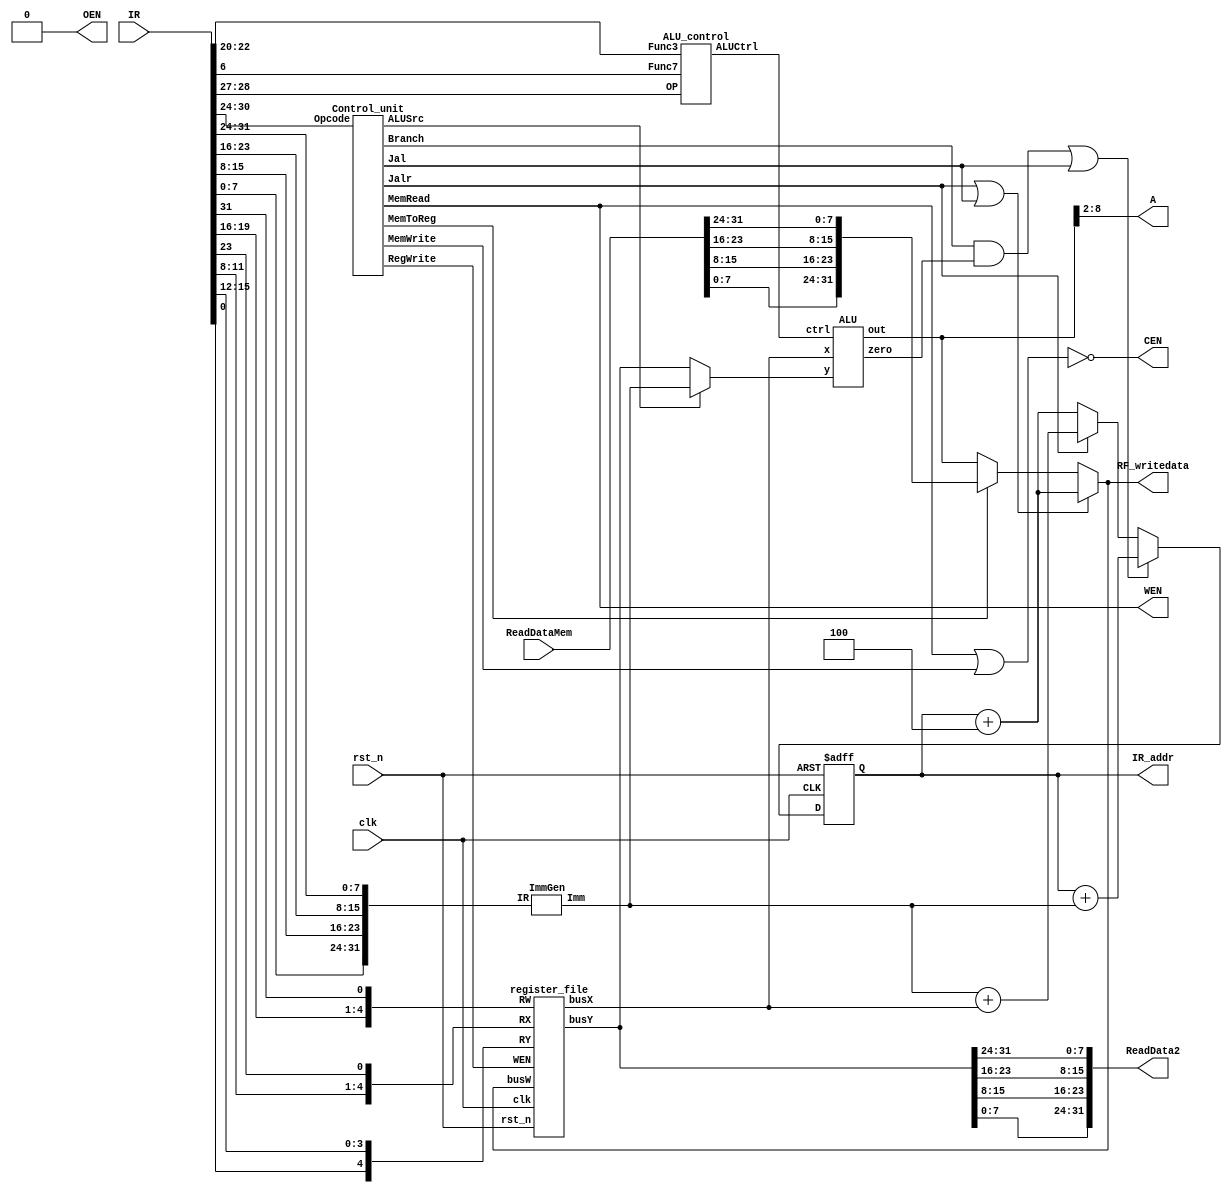
/// Single Cycle RISCV
//=========================================================
// Input/Output Signals:
// positive-edge triggered         clk
// active low synchronous reset   rst_n
// instruction memory interface    IR_addr, IR
// output for testing purposes     RF_writedata  
//=========================================================
// Wire/Reg Specifications:
// control signals             MemToReg, MemRead, MemWrite, 
//                             RegWrite, Branch,
//                             Jalr, Jal, ALUSrc, ALUOp
// ALU control signals         ALUctrl
// ALU output signals          ALUresult, ALUzero
// instruction specifications  r, jal, jalr, lw, sw, beq
// registers input signals     Reg_R1, Reg_R2, Reg_W, WriteData 
// immediate generated signals ImmGenOut
// registers output signals    ReadData1, ReadData2
// data memory contral signals CEN, OEN, WEN
// data memory output signals  ReadDataMem
// Memory address              A
//=========================================================

module SingleCycle_CHIP( 
    clk,
    rst_n,
    IR_addr,
    IR,
    RF_writedata,
    ReadDataMem,
    CEN,
    WEN,
    A,
    ReadData2,
    OEN
);

//==== in/out declaration =================================
    //-------- processor ----------------------------------
    input         clk, rst_n;
    input  [31:0] IR;
    output [31:0] IR_addr, RF_writedata;
    //-------- data memory --------------------------------
    input  [31:0] ReadDataMem;  // read_data from memory
    output        CEN;  // chip_enable, 0 when you read/write data from/to memory
    output        WEN;  // write_enable, 0 when you write data into SRAM & 1 when you read data from SRAM
    output  [6:0] A;  // address
    output [31:0] ReadData2;  // write_data to memory
    output        OEN;  // output_enable, 0

//==== reg/wire declaration ===============================
    // the instrcution rebuild
    wire [31:0] IR_in;

    // the program counter part
    reg [31:0]  pc_r;
    wire [31:0] pc_w;
    wire [31:0] pc_add_4;
    wire [31:0] branch_or_jal_addr;
    wire        branch_or_jal_ctrl;
    wire [31:0] jalr_addr;
    
    // the control unit part
    wire        Jal, Jalr, Branch, MemRead, MemToReg, MemWrite, ALUSrc, RegWrite; // the control signal
    Control_unit ctrl_unit(
        .Opcode     ( IR_in[6:0] ),
        .Jal        ( Jal ),
        .Jalr         ( Jalr ),
        .Branch     ( Branch ),
        .MemRead    ( MemRead ),
        .MemToReg   ( MemToReg ),
        .MemWrite   ( MemWrite ),
        .ALUSrc     ( ALUSrc ),
        .RegWrite   ( RegWrite )
    );

    // the register file part
    wire [31:0] busX, busY, busW; // TODO busW...
    register_file reg_file(
        .clk    ( clk ),
        .rst_n  ( rst_n ),
        .WEN    ( RegWrite ), // the control signal from control unit
        .RW     ( IR_in[11:7] ),
        .busW   ( busW ),
        .RX     ( IR_in[19:15] ),
        .RY     ( IR_in[24:20] ),
        .busX   ( busX ),
        .busY   ( busY )
    );

    // the ImmGen part
    wire [31:0] imm;
    ImmGen  ig(
        .IR     ( IR_in[31:0] ),
        .Imm    ( imm )
    );

    // the alu part
    wire [3:0] alu_ctrl;
    wire [31:0] alu_y, alu_result;
    wire alu_zero;
    ALU alu(
        .ctrl   ( alu_ctrl ),
        .x      ( busX ), // the ouput of register file busX
        .y      ( alu_y ), // the mux ouput of imm and busY control by ALUSrc
        .out    ( alu_result),
        .zero   ( alu_zero )
    );
    ALU_control alu_ctrl_unit(
        .Func7      ( IR_in[30] ),
        .Func3      ( IR_in[14:12]),
        .OP         ( IR_in[4:3] ), // control signal from control unit
        .ALUCtrl    ( alu_ctrl )
    );

//==== combinational part =================================
    // the instruction rebuild
    assign IR_in = {IR[7:0], IR[15:8], IR[23:16], IR[31:24] };
    

    // the PC part
    assign IR_addr = pc_r;
    assign pc_add_4 = pc_r + 4;
    assign branch_or_jal_addr = pc_r + imm;
    assign branch_or_jal_ctrl = ((Branch & alu_zero) | Jal );
    assign jalr_addr = imm + busX;
    assign pc_w = ( branch_or_jal_ctrl ) ? branch_or_jal_addr :
                  ( Jalr )               ? jalr_addr          : 
                  pc_add_4; 

    // the register file part...
    assign busW = ( Jalr|Jal ) ? pc_add_4 :
                  ( MemToReg ) ? {ReadDataMem[7:0], ReadDataMem[15:8], ReadDataMem[23:16], ReadDataMem[31:24]} :
                  alu_result;
    assign RF_writedata = busW;

    // the alu part...
    assign alu_y = ( ALUSrc ) ? imm : busY;

    // the data memory part
    assign CEN = ~(MemRead|MemWrite);
    assign WEN = MemRead;
    assign A = alu_result[8:2];
    assign ReadData2 = {busY[7:0], busY[15:8], busY[23:16], busY[31:24]};

    // OEN
    assign OEN = 0; // OEN is always zero in this case


//==== sequential part ====================================
    always@(posedge clk or negedge rst_n) begin
        if(~rst_n) begin
            pc_r <= 32'b0;
        end
        else begin
            pc_r <= pc_w;
        end
    end

//=========================================================
endmodule

module register_file(
    clk  ,
    rst_n,
    WEN  ,
    RW   ,
    busW ,
    RX   ,
    RY   ,
    busX ,
    busY
);
input        clk, WEN, rst_n;
input  [4:0] RW, RX, RY; // 5bit read from instruction code
input  [31:0] busW;
output [31:0] busX, busY;
    
// write your design here, you can delcare your own wires and regs. 
// The code below is just an eaxmple template
reg [31:0] r_w [0:31];
reg [31:0] r_r [0:31];
reg [31:0] busX, busY;
    
always@(*) begin
        r_w [0] = r_r[0];
        r_w [1] = r_r[1];
        r_w [2] = r_r[2];
        r_w [3] = r_r[3];
        r_w [4] = r_r[4];
        r_w [5] = r_r[5];
        r_w [6] = r_r[6];
        r_w [7] = r_r[7];
        r_w [8] = r_r[8];
        r_w [9] = r_r[9];
        r_w [10] = r_r[10];
        r_w [11] = r_r[11];
        r_w [12] = r_r[12];
        r_w [13] = r_r[13];
        r_w [14] = r_r[14];
        r_w [15] = r_r[15];
        r_w [16] = r_r[16];
        r_w [17] = r_r[17];
        r_w [18] = r_r[18];
        r_w [19] = r_r[19];
        r_w [20] = r_r[20];
        r_w [21] = r_r[21];
        r_w [22] = r_r[22];
        r_w [23] = r_r[23];
        r_w [24] = r_r[24];
        r_w [25] = r_r[25];
        r_w [26] = r_r[26];
        r_w [27] = r_r[27];
        r_w [28] = r_r[28];
        r_w [29] = r_r[29];
        r_w [30] = r_r[30];
        r_w [31] = r_r[31];
    if (WEN) begin
        case (RW)
            5'd0 : r_w [0] = 32'b0;
            5'd1 : r_w [1] = busW;
            5'd2 : r_w [2] = busW;
            5'd3 : r_w [3] = busW;
            5'd4 : r_w [4] = busW;
            5'd5 : r_w [5] = busW;
            5'd6 : r_w [6] = busW;
            5'd7 : r_w [7] = busW;
            5'd8 : r_w [8] = busW;
            5'd9 : r_w [9] = busW;
            5'd10 : r_w [10] = busW;
            5'd11 : r_w [11] = busW;
            5'd12 : r_w [12] = busW;
            5'd13 : r_w [13] = busW;
            5'd14 : r_w [14] = busW;
            5'd15 : r_w [15] = busW;
            5'd16 : r_w [16] = busW;
            5'd17 : r_w [17] = busW;
            5'd18 : r_w [18] = busW;
            5'd19 : r_w [19] = busW;
            5'd20 : r_w [20] = busW;
            5'd21 : r_w [21] = busW;
            5'd22 : r_w [22] = busW;
            5'd23 : r_w [23] = busW;
            5'd24 : r_w [24] = busW;
            5'd25 : r_w [25] = busW;
            5'd26 : r_w [26] = busW;
            5'd27 : r_w [27] = busW;
            5'd28 : r_w [28] = busW;
            5'd29 : r_w [29] = busW;
            5'd30 : r_w [30] = busW;
            5'd31 : r_w [31] = busW;
        endcase
    end
    else begin
        r_w [0] = r_r[0];
        r_w [1] = r_r[1];
        r_w [2] = r_r[2];
        r_w [3] = r_r[3];
        r_w [4] = r_r[4];
        r_w [5] = r_r[5];
        r_w [6] = r_r[6];
        r_w [7] = r_r[7];
        r_w [8] = r_r[8];
        r_w [9] = r_r[9];
        r_w [10] = r_r[10];
        r_w [11] = r_r[11];
        r_w [12] = r_r[12];
        r_w [13] = r_r[13];
        r_w [14] = r_r[14];
        r_w [15] = r_r[15];
        r_w [16] = r_r[16];
        r_w [17] = r_r[17];
        r_w [18] = r_r[18];
        r_w [19] = r_r[19];
        r_w [20] = r_r[20];
        r_w [21] = r_r[21];
        r_w [22] = r_r[22];
        r_w [23] = r_r[23];
        r_w [24] = r_r[24];
        r_w [25] = r_r[25];
        r_w [26] = r_r[26];
        r_w [27] = r_r[27];
        r_w [28] = r_r[28];
        r_w [29] = r_r[29];
        r_w [30] = r_r[30];
        r_w [31] = r_r[31];
    end
    case (RX)
       5'd0 : busX = 32'b0;
       5'd1 : busX = r_r[1];
       5'd2 : busX = r_r[2];
       5'd3 : busX = r_r[3];
       5'd4 : busX = r_r[4];
       5'd5 : busX = r_r[5];
       5'd6 : busX = r_r[6];
       5'd7 : busX = r_r[7];
       5'd8 : busX = r_r[8];
       5'd9 : busX = r_r[9];
       5'd10 : busX = r_r[10];
       5'd11 : busX = r_r[11];
       5'd12 : busX = r_r[12];
       5'd13 : busX = r_r[13];
       5'd14 : busX = r_r[14];
       5'd15 : busX = r_r[15];
       5'd16 : busX = r_r[16];
       5'd17 : busX = r_r[17];
       5'd18 : busX = r_r[18];
       5'd19 : busX = r_r[19];
       5'd20 : busX = r_r[20];
       5'd21 : busX = r_r[21];
       5'd22 : busX = r_r[22];
       5'd23 : busX = r_r[23];
       5'd24 : busX = r_r[24];
       5'd25 : busX = r_r[25];
       5'd26 : busX = r_r[26];
       5'd27 : busX = r_r[27];
       5'd28 : busX = r_r[28];
       5'd29 : busX = r_r[29];
       5'd30 : busX = r_r[30];
       5'd31 : busX = r_r[31];
    endcase

    case (RY)
      5'd0 : busY = 32'b0;
      5'd1 : busY = r_r[1];
      5'd2 : busY = r_r[2];
      5'd3 : busY = r_r[3];
      5'd4 : busY = r_r[4];
      5'd5 : busY = r_r[5];
      5'd6 : busY = r_r[6];
      5'd7 : busY = r_r[7];
      5'd8 : busY = r_r[8];
      5'd9 : busY = r_r[9];
      5'd10 : busY = r_r[10];
      5'd11 : busY = r_r[11];
      5'd12 : busY = r_r[12];
      5'd13 : busY = r_r[13];
      5'd14 : busY = r_r[14];
      5'd15 : busY = r_r[15];
      5'd16 : busY = r_r[16];
      5'd17 : busY = r_r[17];
      5'd18 : busY = r_r[18];
      5'd19 : busY = r_r[19];
      5'd20 : busY = r_r[20];
      5'd21 : busY = r_r[21];
      5'd22 : busY = r_r[22];
      5'd23 : busY = r_r[23];
      5'd24 : busY = r_r[24];
      5'd25 : busY = r_r[25];
      5'd26 : busY = r_r[26];
      5'd27 : busY = r_r[27];
      5'd28 : busY = r_r[28];
      5'd29 : busY = r_r[29];
      5'd30 : busY = r_r[30];
      5'd31 : busY = r_r[31];
    endcase
end

always@(posedge clk or negedge rst_n) begin
    if(!rst_n) begin
        r_r [0] <= 32'b0;
        r_r [1] <= 32'b0;
        r_r [2] <= 32'b0;
        r_r [3] <= 32'b0;
        r_r [4] <= 32'b0;
        r_r [5] <= 32'b0;
        r_r [6] <= 32'b0;
        r_r [7] <= 32'b0;
        r_r [8] <= 32'b0;
        r_r [9] <= 32'b0;
        r_r [10] <= 32'b0;
        r_r [11] <= 32'b0;
        r_r [12] <= 32'b0;
        r_r [13] <= 32'b0;
        r_r [14] <= 32'b0;
        r_r [15] <= 32'b0;
        r_r [16] <= 32'b0;
        r_r [17] <= 32'b0;
        r_r [18] <= 32'b0;
        r_r [19] <= 32'b0;
        r_r [20] <= 32'b0;
        r_r [21] <= 32'b0;
        r_r [22] <= 32'b0;
        r_r [23] <= 32'b0;
        r_r [24] <= 32'b0;
        r_r [25] <= 32'b0;
        r_r [26] <= 32'b0;
        r_r [27] <= 32'b0;
        r_r [28] <= 32'b0;
        r_r [29] <= 32'b0;
        r_r [30] <= 32'b0;
        r_r [31] <= 32'b0;
    end
    else begin
        r_r [0] <= 32'b0;
        r_r [1] <= r_w[1];
        r_r [2] <= r_w[2];
        r_r [3] <= r_w[3];
        r_r [4] <= r_w[4];
        r_r [5] <= r_w[5];
        r_r [6] <= r_w[6];
        r_r [7] <= r_w[7];
        r_r [8] <= r_w[8];
        r_r [9] <= r_w[9];
        r_r [10] <= r_w[10];
        r_r [11] <= r_w[11];
        r_r [12] <= r_w[12];
        r_r [13] <= r_w[13];
        r_r [14] <= r_w[14];
        r_r [15] <= r_w[15];
        r_r [16] <= r_w[16];
        r_r [17] <= r_w[17];
        r_r [18] <= r_w[18];
        r_r [19] <= r_w[19];
        r_r [20] <= r_w[20];
        r_r [21] <= r_w[21];
        r_r [22] <= r_w[22];
        r_r [23] <= r_w[23];
        r_r [24] <= r_w[24];
        r_r [25] <= r_w[25];
        r_r [26] <= r_w[26];
        r_r [27] <= r_w[27];
        r_r [28] <= r_w[28];
        r_r [29] <= r_w[29];
        r_r [30] <= r_w[30];
        r_r [31] <= r_w[31];
    end
end	

endmodule

module ALU (
    ctrl,
    x,
    y,
    out,
    zero
);
    input   [3:0]  ctrl;    // the contral signal which decide the operation of alu
    input   [31:0] x, y;    // 32 bit input data from register file or instruction[15:0]
    output  [31:0] out;     // 32 bit output
    output         zero;    // check the overflow                

    reg [31:0] out;
    wire [32:0] sub_result;

    assign sub_result = x + ~y + 1;
    assign zero = ~(|sub_result[31:0]); // $$$ check if error 

    always@(*) begin
    case ( ctrl )
        4'b0000:    out = x & y;                            // AND
        4'b0001:    out = x | y;                            // OR
        4'b0010:    out = x + y;                            // ADD
        4'b0110:    out = sub_result;                       // SUB
        4'b1000:    out = (sub_result[32]) ? 32'd1 : 32'b0;   // set on less than
        default:    out = 32'b0;
    endcase

    end

endmodule

module ImmGen(
    IR,
    Imm
);
    input   [31:0]  IR;     // instruction from instruction memory
    output  [31:0]  Imm;    
    reg     [31:0]  Imm;

    always@(*) begin
        case (IR[6:2])
            5'b00000:   Imm = {{21{IR[31]}},IR[30:25],IR[24:21],IR[20]};        // lw I-type
            5'b01000:   Imm = {{21{IR[31]}},IR[30:25],IR[11:8],IR[7]};          // sw S-type
            5'b11000:   Imm = {{20{IR[31]}}, IR[7], IR[30:25], IR[11:8], 1'b0};   // beq B-type
            5'b11011:   Imm = {{12{IR[31]}}, IR[19:12], IR[20], IR[30:25], IR[24:21], 1'b0}; // jal J-type
            5'b11001:   Imm = {{21{IR[31]}},IR[30:25],IR[24:21],IR[20]};        // jalr I-type
            default:    Imm = 32'b0;
        endcase
    end
endmodule

module ALU_control(
    Func7,
    Func3,
    OP,
    ALUCtrl
);
    input           Func7;
    input   [2:0]   Func3;
    input   [1:0]   OP;
    output  [3:0]   ALUCtrl;

    assign ALUCtrl[0] = (OP[1] & Func3[2] & Func3[1] & (~Func3[0]));
    assign ALUCtrl[1] = ~(OP[1]&(~OP[0])&Func3[1]);
    assign ALUCtrl[2] = ( ((~OP[1])&(~Func3[1])) | (Func7 & OP[1]) );
    assign ALUCtrl[3] = ( OP[1] & (~Func3[2]) & Func3[1] );

endmodule

module Control_unit(
    Opcode,
    Jal,
    Jalr,
    Branch,
    MemRead,
    MemToReg,
    MemWrite,
    ALUSrc,
    RegWrite
);
    input   [6:0]   Opcode;
    output  reg     Jal, Jalr, Branch, MemRead, MemToReg, MemWrite, ALUSrc, RegWrite;

    always@(*) begin
        case ( Opcode )
            7'b0110011: begin
                        // R-type
                            Jal         = 1'b0;
                            Jalr        = 1'b0;
                            Branch      = 1'b0;
                            MemRead     = 1'b0;
                            MemToReg    = 1'b0;
                            MemWrite    = 1'b0;
                            ALUSrc      = 1'b0;
                            RegWrite    = 1'b1;
                        end 
            7'b0000011: begin
                        // lw
                            Jal         = 1'b0;
                            Jalr        = 1'b0;
                            Branch      = 1'b0;
                            MemRead     = 1'b1;
                            MemToReg    = 1'b1;
                            MemWrite    = 1'b0;
                            ALUSrc      = 1'b1;
                            RegWrite    = 1'b1;
                        end 
            7'b0100011: begin
                        // sw
                            Jal         = 1'b0;
                            Jalr        = 1'b0;
                            Branch      = 1'b0;
                            MemRead     = 1'b0;
                            MemToReg    = 1'b0;
                            MemWrite    = 1'b1;
                            ALUSrc      = 1'b1;
                            RegWrite    = 1'b0;
                        end 
            7'b1100011: begin
                        // beq
                            Jal         = 1'b0;
                            Jalr        = 1'b0;
                            Branch      = 1'b1;
                            MemRead     = 1'b0;
                            MemToReg    = 1'b0;
                            MemWrite    = 1'b0;
                            ALUSrc      = 1'b0;
                            RegWrite    = 1'b0;
                        end 
            7'b1101111: begin
                        // jal
                            Jal         = 1'b1;
                            Jalr        = 1'b0;
                            Branch      = 1'b0;
                            MemRead     = 1'b0;
                            MemToReg    = 1'b0;
                            MemWrite    = 1'b0;
                            ALUSrc      = 1'b0;
                            RegWrite    = 1'b1;
                        end 
            7'b1100111: begin
                        // jalr
                            Jal         = 1'b0;
                            Jalr        = 1'b1;
                            Branch      = 1'b0;
                            MemRead     = 1'b0;
                            MemToReg    = 1'b0;
                            MemWrite    = 1'b0;
                            ALUSrc      = 1'b0;
                            RegWrite    = 1'b1;
                        end 
            default:    begin
                            Jal         = 1'b0;
                            Jalr        = 1'b0;
                            Branch      = 1'b0;
                            MemRead     = 1'b0;
                            MemToReg    = 1'b0;
                            MemWrite    = 1'b0;
                            ALUSrc      = 1'b0;
                            RegWrite    = 1'b0;
                        end 
        endcase
    end        

endmodule